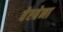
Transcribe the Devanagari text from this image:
वेरबेना